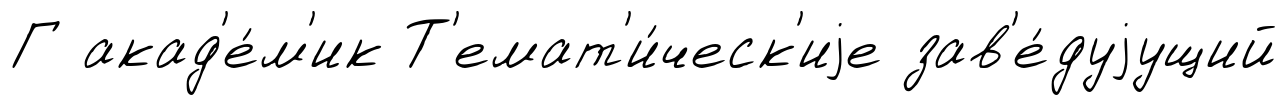
Г акад'е́м'ик Т'емат'и́ческ'иjе зав'е́дуjущий